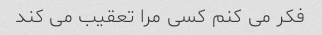
فکر می کنم کسی مرا تعقیب می کند